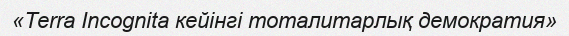
«Terra Incognita кейінгі тоталитарлық демократия»